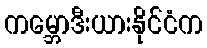
ကမ္ဘောဒီးယားနိုင်ငံက